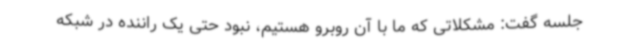
جلسه گفت: مشکلاتی که ما با آن روبرو هستیم، نبود حتی یک راننده در شبکه